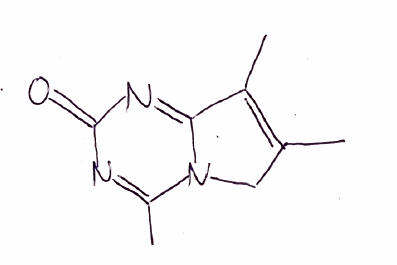
Simplified molecular-input line-entry system (SMILES) notation of the given molecule:
CC1=C(C2=NC(=O)N=C(N2C1)C)C